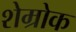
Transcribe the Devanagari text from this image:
शेम्रोक